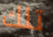
تلك